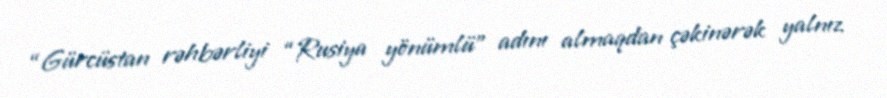
“Gürcüstan rəhbərliyi “Rusiya yönümlü” adını almaqdan çəkinərək yalnız